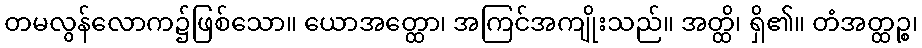
တမလွန်လောက၌ဖြစ်သော။ ယောအတ္ထော၊ အကြင်အကျိုးသည်။ အတ္ထိ၊ ရှိ၏။ တံအတ္ထဉ္စ၊